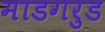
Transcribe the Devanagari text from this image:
माडगरुड